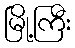
မြို့ကြီး